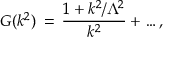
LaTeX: G ( k ^ { 2 } ) \, = \, \frac { 1 + k ^ { 2 } / \Lambda ^ { 2 } } { k ^ { 2 } } + \dots ,